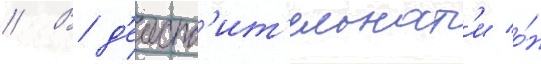
// В д'еиств'ит'ельност'и о́н